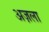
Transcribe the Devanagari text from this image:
अज़ला